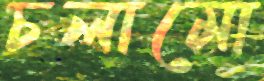
চলামো